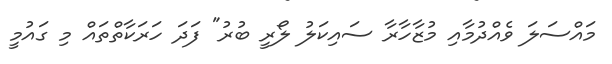
މައްސަލަ ވެއްދުމާއި މުޒާހާރާ ސައިކަލު ލޯރީ ބުރު" ފަދަ ހަރަކާތްތައް މި ގައުމީ